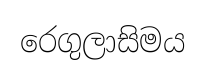
රෙගුලාසිමය